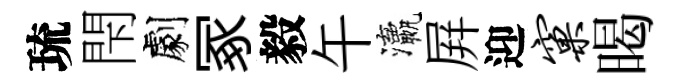
琉閇劇冢毅午瀛屛迎窠暍